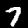
Digit: 7